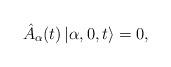
LaTeX: \begin{align*}\hat{A}_\alpha (t) \left|\alpha, 0, t \right> = 0,\end{align*}